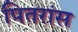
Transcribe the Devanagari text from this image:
पितरांस